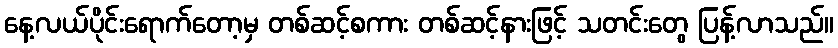
နေ့လယ်ပိုင်းရောက်တော့မှ တစ်ဆင့်စကား တစ်ဆင့်နားဖြင့် သတင်းတွေ ပြန့်လာသည်။